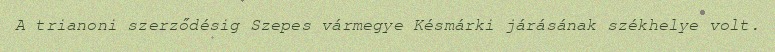
A trianoni szerződésig Szepes vármegye Késmárki járásának székhelye volt.